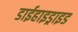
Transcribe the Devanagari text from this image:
डाईहाइड्राइड